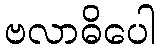
ဗလာဓိပေါ